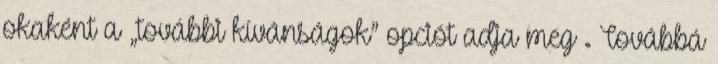
okaként a „további kívánságok” opciót adja meg . Továbbá